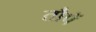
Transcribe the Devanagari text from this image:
तौपें